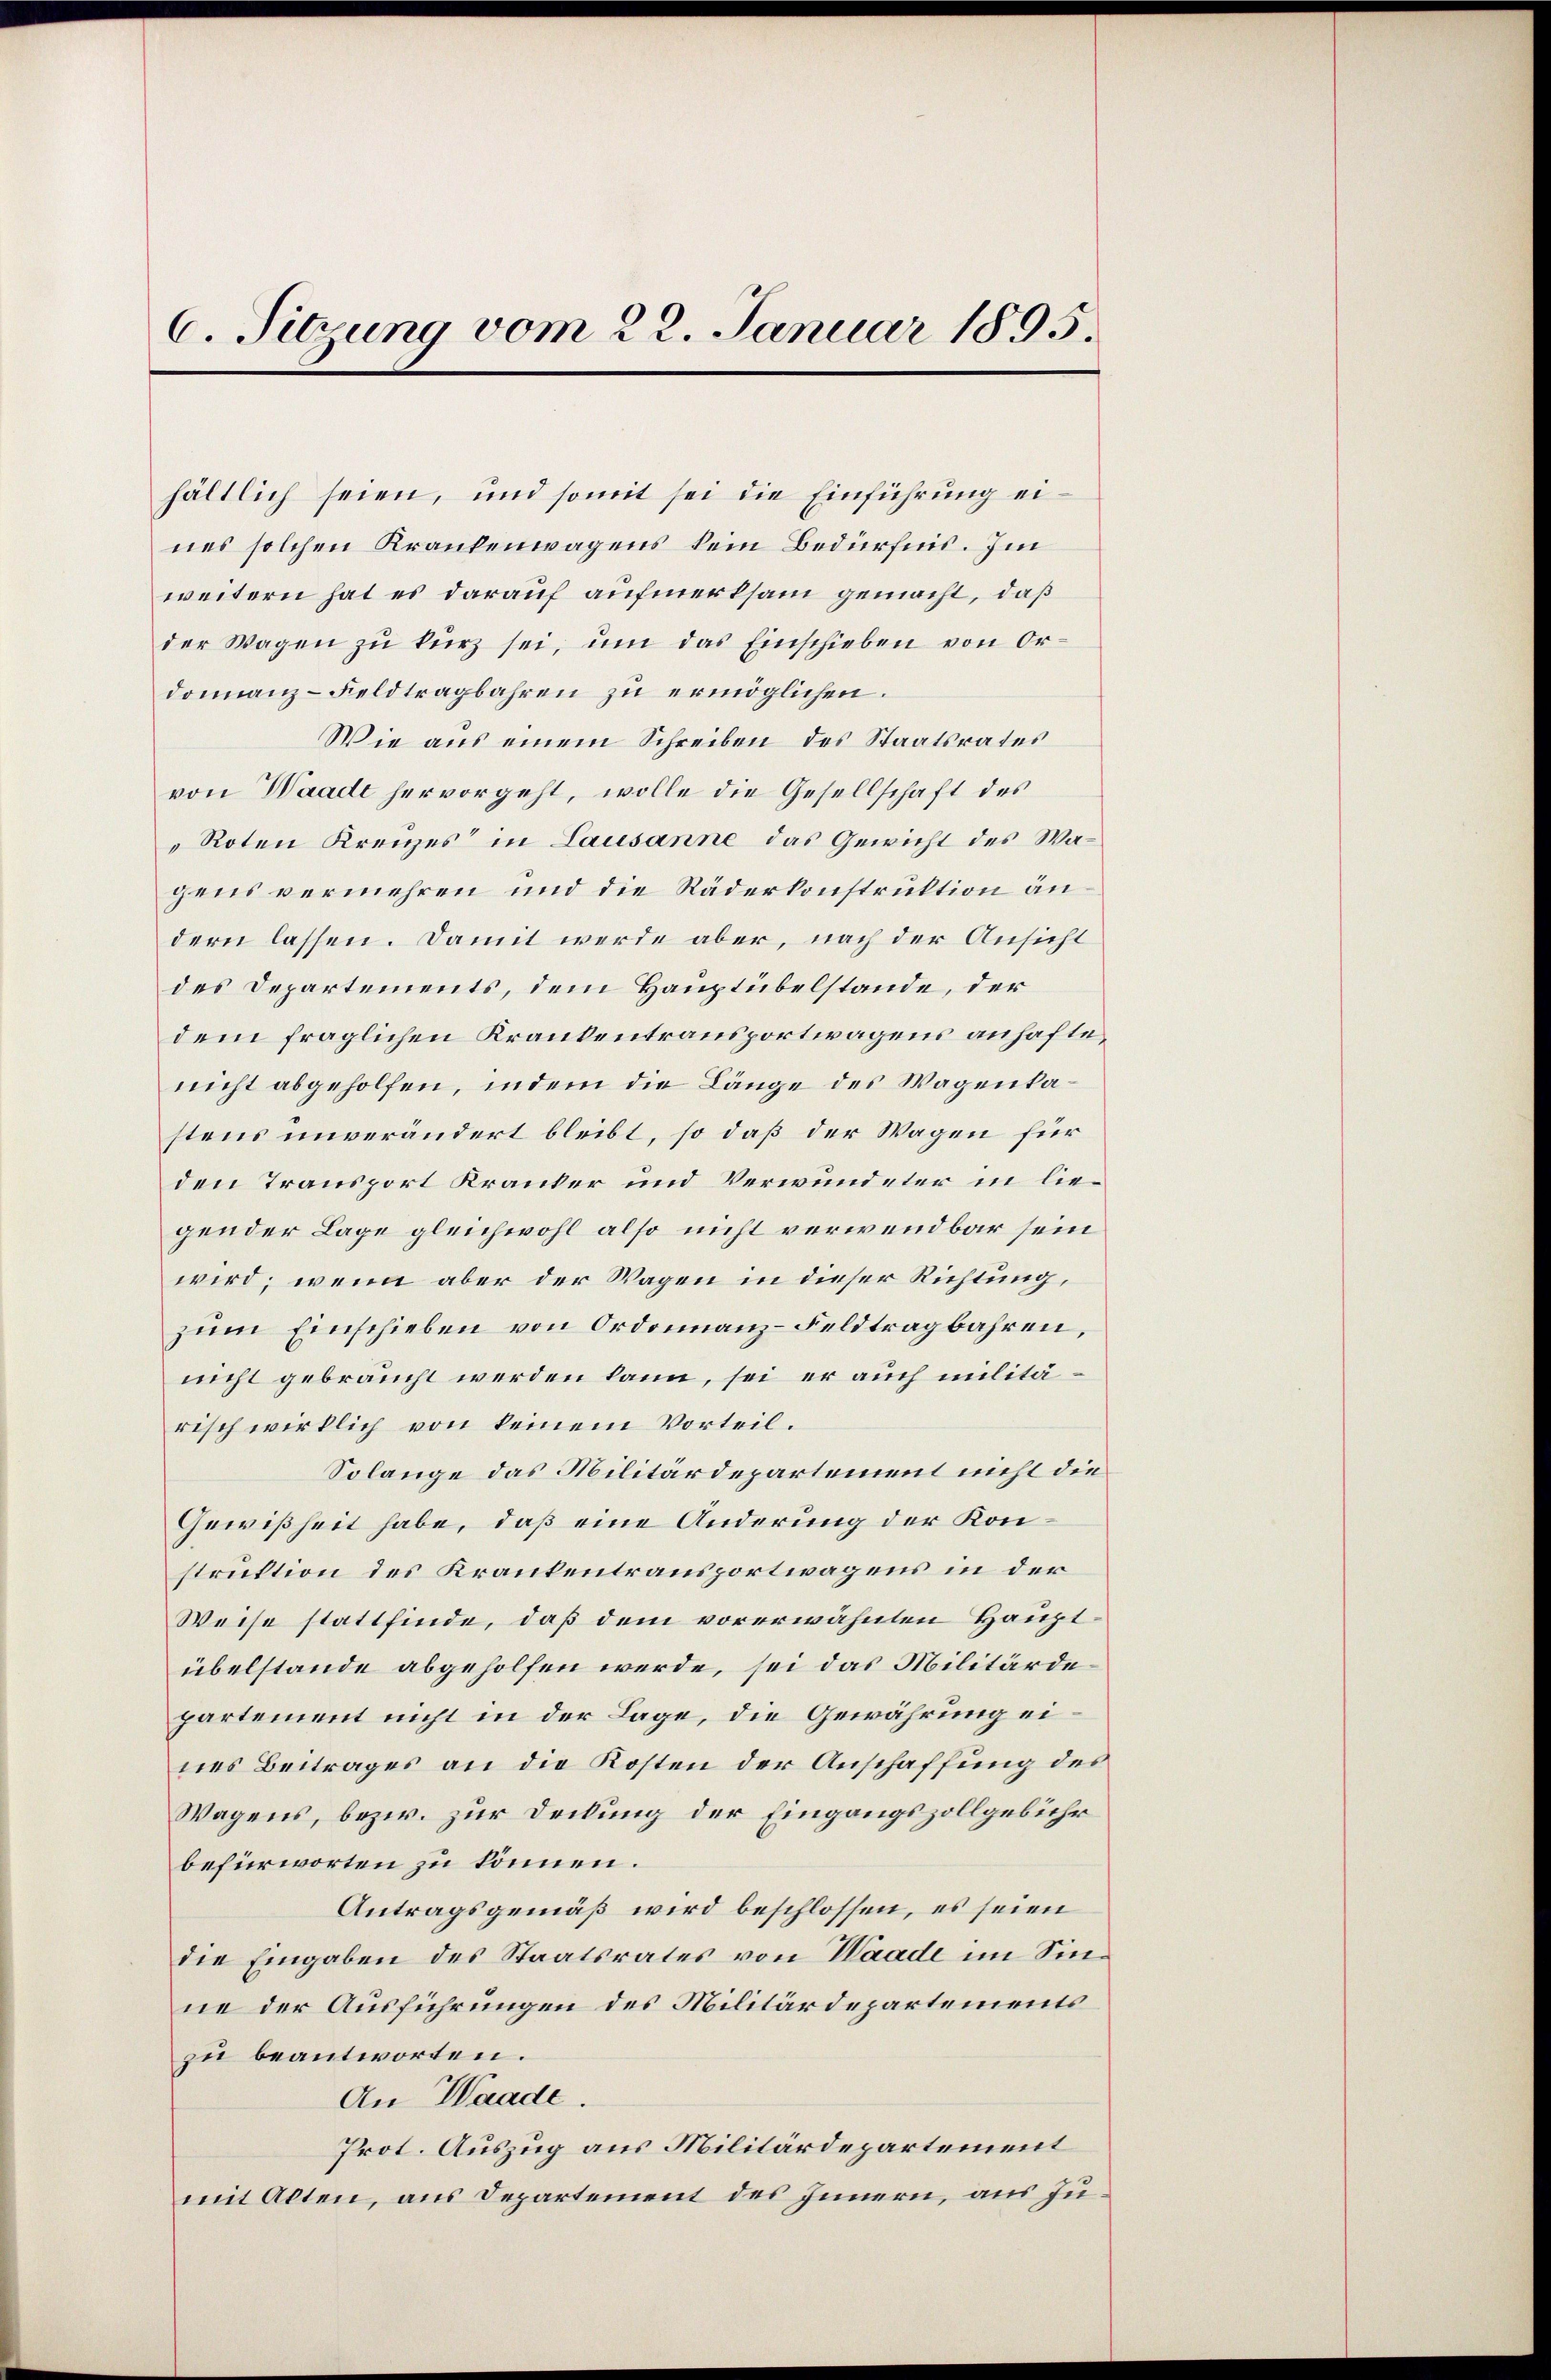
C. Sitzung vom 22. Januar 1895.

hältlich seien, und somit sei die Einführung eines solchen Krankenwagens kein Bedürfnis. Im
weitern hat es darauf aufmerksam gemacht, daß
der Wagen zu kurz sei, um das Einschieben von Ordonnanz-Feld tragbahren zu ermöglichen.
Wie aus einem Schreiben des Staatsrates
von Waadt hervorgeht, wolle die Gesellschaft des
"Roten Kreizes in Lausanne das Gewicht des Wagens vermehren und die Räderkonstruktion andern lassen. Damit werde aber, nach der Ansicht
des Departements, dem Hauptübelstande, der
dem fraglichen Krankentransportwagens anhaftenicht abgeholfen, indem die Länge des Wagenkastens unverändert bleibt, so daß der Wagen für
den Transport Kranker und Verwundeter in liegender Lage gleichwohl also nicht verwendbar sein
wird; wenn aber der Wagen in dieser Richtung,
zum Einschieben von Ordonnanz-Feldtragbahren,
nicht gebraucht werden kann, sei er auch militärisch wirklich von keinem Vorteil.
Solange das Militärdepartement nicht die
Gewißheit habe, daß eine Änderung der Konstruktion des Krankentransportwagens in der
Weise stattfinde, daß dem vorerwähnten Hauptübelstande abgeholfen werde, sei das Militärdepartement nicht in der Lage, die Gewährung eines Beitrages an die Kosten der Anschaffung des
Wagens, bezw. zur Deckung der Eingangszollgebühr
befürworten zu können.
Antragsgemäß wird beschlossen, es seien
die Eingaben des Staatsrates von Waade im Sinne der Ausführungen des Militärdepartements
zu beantworten.
An Waade.
Prot. Auszug aus Militärdepartement
mit Alten, aus Departement des Innern, aus Ju¬